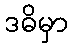
ဒဓိမှာ